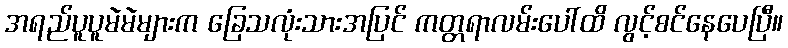
အရည်ပူပူမဲမဲများက ခြေသလုံးသားအပြင် ကတ္တရာလမ်းပေါ်ထိ လွင့်စင်နေပေပြီ။